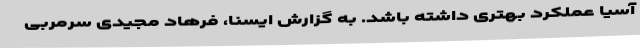
آسیا عملکرد بهتری داشته باشد. به گزارش ایسنا، فرهاد مجیدی سرمربی